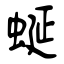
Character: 蜒